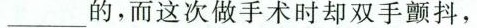
___的，而这次做手术时却双手颤抖，